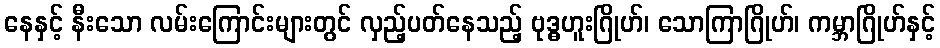
နေနှင့် နီးသော လမ်းကြောင်းများတွင် လှည့်ပတ်နေသည့် ဗုဒ္ဓဟူးဂြိုဟ်၊ သောကြာဂြိုဟ်၊ ကမ္ဘာဂြိုဟ်နှင့်